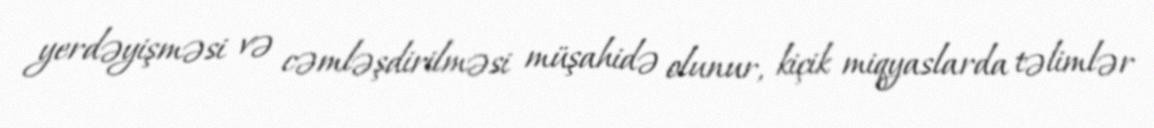
yerdəyişməsi və cəmləşdirilməsi müşahidə olunur, kiçik miqyaslarda təlimlər